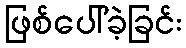
ဖြစ်ပေါ်ခဲ့ခြင်း